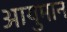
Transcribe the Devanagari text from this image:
आयुमान